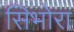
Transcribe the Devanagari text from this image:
सिभोरा